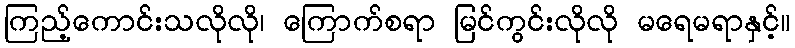
ကြည့်ကောင်းသလိုလို၊ ကြောက်စရာ မြင်ကွင်းလိုလို မရေမရာနှင့်။